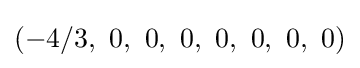
\left(-4/3,\ 0,\ 0,\ 0,\ 0,\ 0,\ 0,\ 0\right)